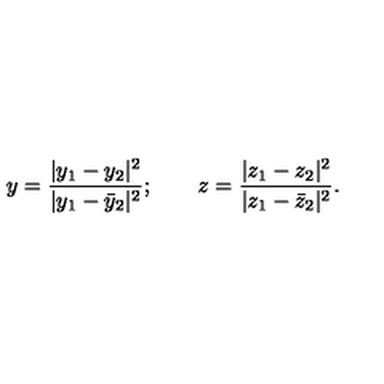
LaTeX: y = \frac { | y _ { 1 } - y _ { 2 } | ^ { 2 } } { | y _ { 1 } - { \bar { y } _ { 2 } } | ^ { 2 } } ; \qquad z = \frac { | z _ { 1 } - z _ { 2 } | ^ { 2 } } { | z _ { 1 } - { \bar { z } _ { 2 } } | ^ { 2 } } .